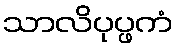
သာလိပုပ္ဖကံ